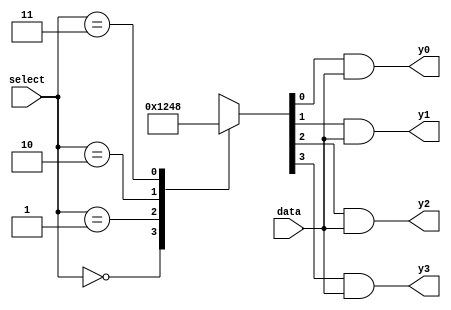
module demux2to4 (
    input wire [1:0] select,
    input wire data,
    output reg y0,
    output reg y1,
    output reg y2,
    output reg y3
);

reg [3:0] decoder_output;

always @(*) begin
    case (select)
        2'b00: decoder_output = 4'b0001;
        2'b01: decoder_output = 4'b0010;
        2'b10: decoder_output = 4'b0100;
        2'b11: decoder_output = 4'b1000;
    endcase
end

assign y0 = (decoder_output[0] & data);
assign y1 = (decoder_output[1] & data);
assign y2 = (decoder_output[2] & data);
assign y3 = (decoder_output[3] & data);

endmodule